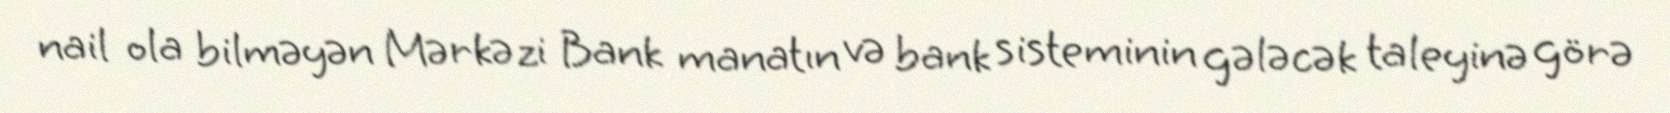
nail ola bilməyən Mərkəzi Bank manatın və bank sisteminin gələcək taleyinə görə